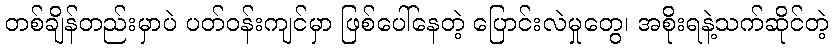
တစ်ချိန်တည်းမှာပဲ ပတ်ဝန်းကျင်မှာ ဖြစ်ပေါ်နေတဲ့ ပြောင်းလဲမှုတွေ၊ အစိုးရနဲ့သက်ဆိုင်တဲ့